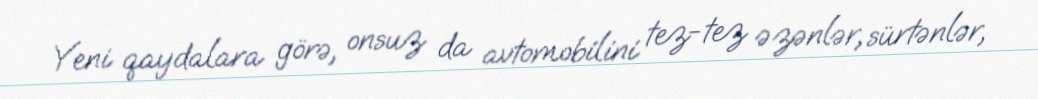
Yeni qaydalara görə, onsuz da avtomobilini tez-tez əzənlər, sürtənlər,